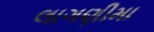
લાગણીમા